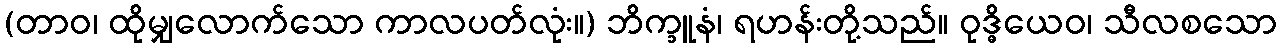
(တာဝ၊ ထိုမျှလောက်သော ကာလပတ်လုံး။) ဘိက္ခူနံ၊ ရဟန်းတို့သည်။ ဝုဒ္ဓိယေဝ၊ သီလစသော